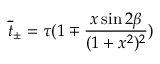
\overline { { { t } } } _ { \pm } = \tau ( 1 \mp \frac { x \sin 2 \beta } { ( 1 + x ^ { 2 } ) ^ { 2 } } )